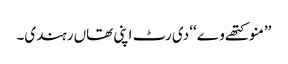
’’منو کتھے وے‘‘ دی رٹ اپنی تھاں رہندی۔